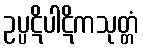
ဥပ္ပဋိပါဋိကသုတ္တံ